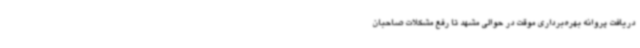
دریافت پروانه بهره‌برداری موقت در حوالی مشهد تا رفع مشکلات صاحبان